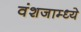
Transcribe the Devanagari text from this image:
वंशजाम्ध्ये